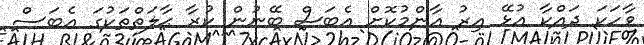
ވާހަކަ ދައްކާ އުޅޭ އިރު އާންމުކޮށް އެބަސް ބޭނުން ކުރާ ޙާލަތްތަކުގަ އެބަސް